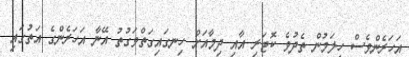
އަހަރެންވެސް ހީލަމުން ތެދުވެ ކޮޓަރި އާއި ދިމާއަށް ހިނގައިގަތްވަގުތު އޭނާ އަހަރެންގެ އަތުގައި